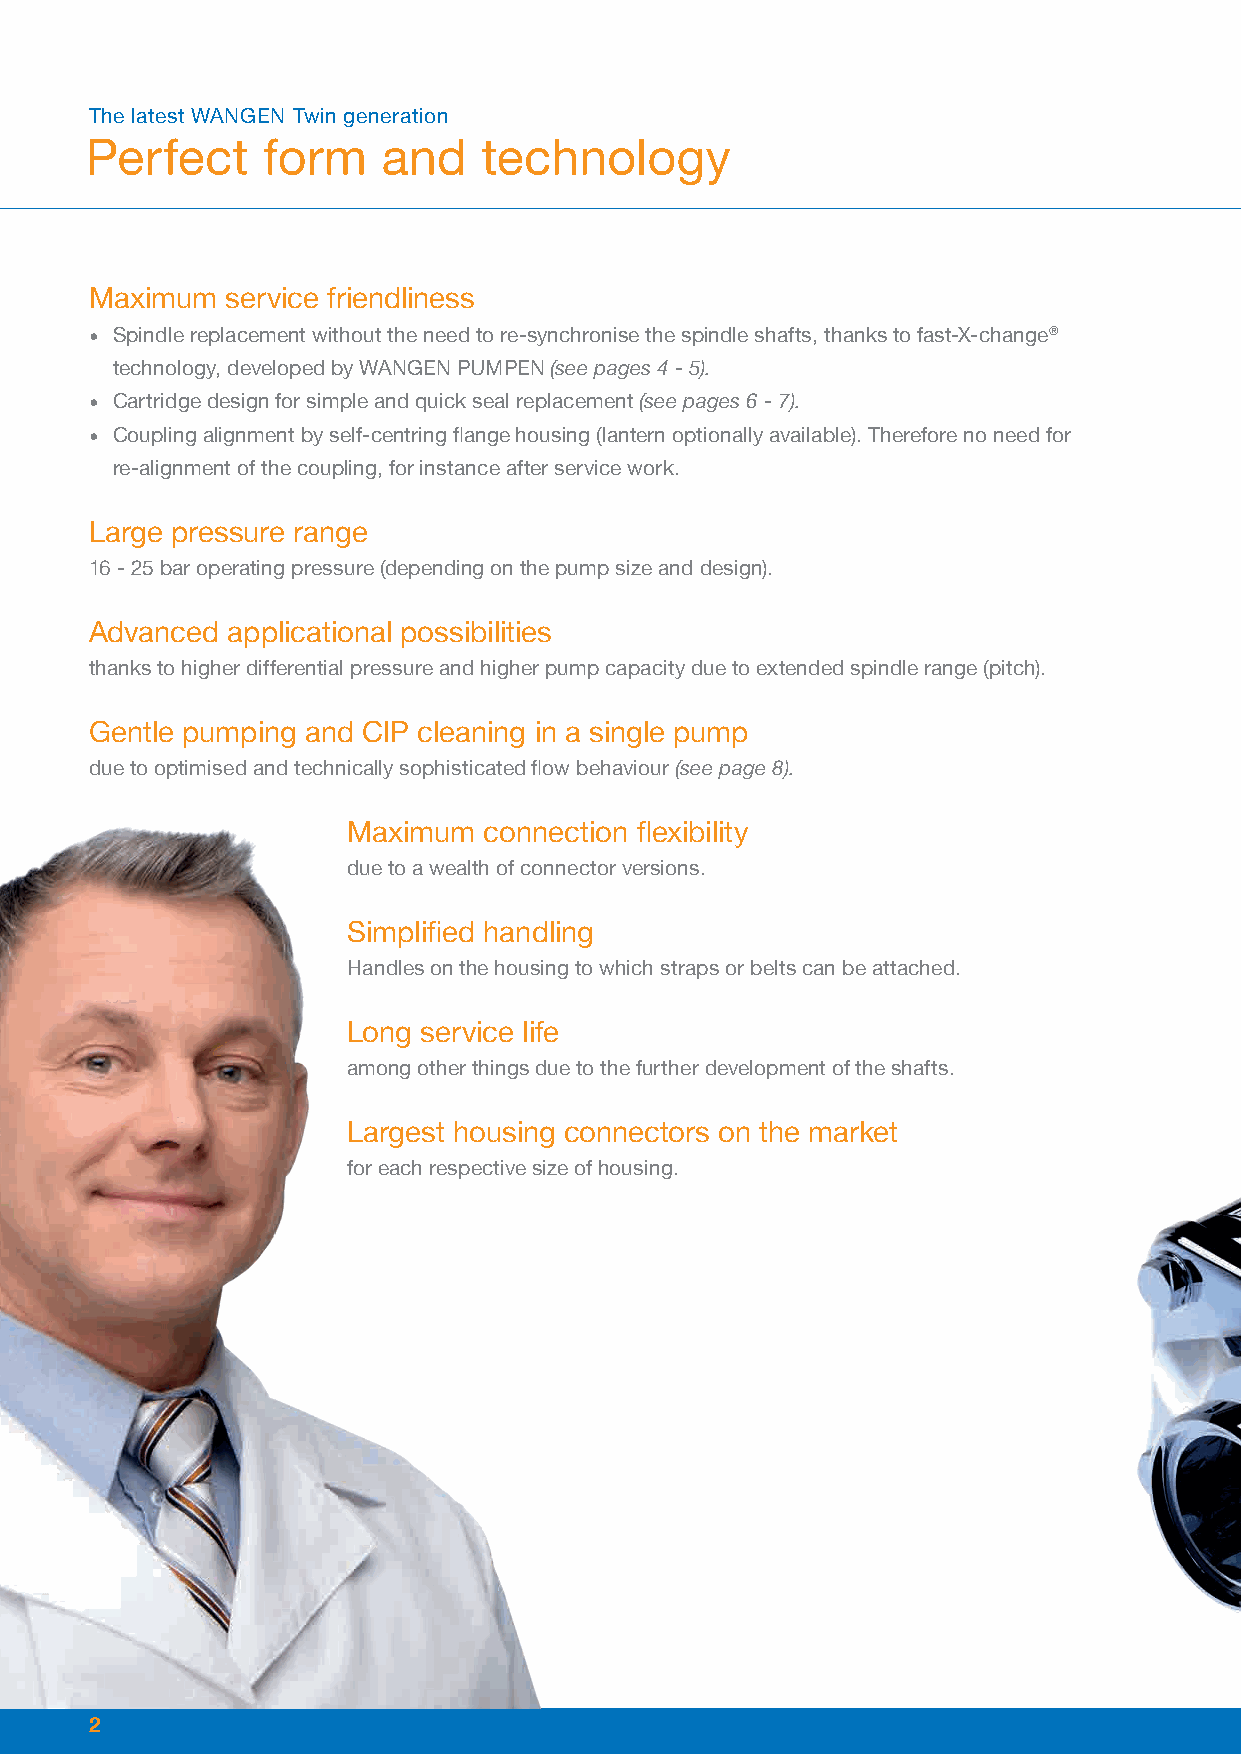
The latest WANGEN Twin generation
 Perfect    form    and    technology
 Maximum  service friendliness
 • Spindle replacement without the need to re-synchronise the spindle shafts, thanks to fast-X-change®
 technology, developed by WANGEN PUMPEN (see pages 4 - 5).
 • Cartridge design for simple and quick seal replacement (see pages 6 - 7).
 • Coupling alignment by self-centring flange housing (lantern optionally available). Therefore no need for
 re-alignment of the coupling, for instance after service work.
 Large pressure range
 16 - 25 bar operating pressure (depending on the pump size and design).
 Advanced applicational possibilities
 thanks to higher differential pressure and higher pump capacity due to extended spindle range (pitch).
 Gentle pumping and CIP cleaning in a single pump
 due to optimised and technically sophisticated flow behaviour (see page 8).
 Maximum  connection flexibility
 due to a wealth of connector versions.
 Simplified handling
 Handles on the housing to which straps or belts can be attached.
 Long service life
 among other things due to the further development of the shafts.
 Largest housing connectors on the market
 for each respective size of housing.
 2